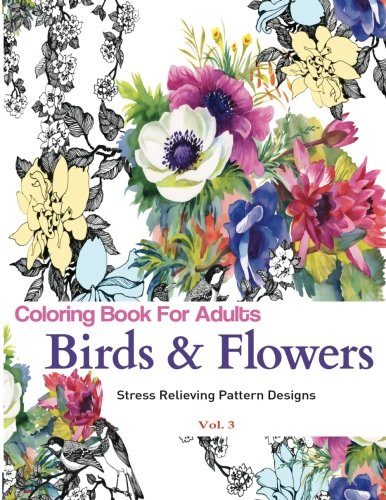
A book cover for Unique Coloring Books: Birds and Flowers : Stress Relieving Pattern Designs (Birds & Flowers Adult Coloring Books) (Volume 3); Adult Coloring Books; Arts & Photography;